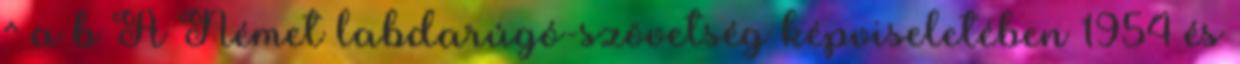
^ a b A Német labdarúgó-szövetség képviseletében 1954 és